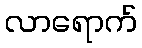
လာရောက်